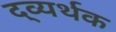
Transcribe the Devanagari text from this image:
द्व्यर्थक